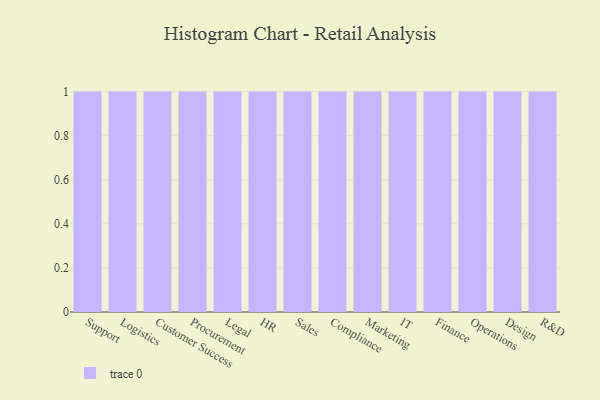
{"axis": {"x": "Department", "y": "Conversion Rate (%)"}, "legend": [""], "data": [{"x": "Support", "y": 81, "type": ""}, {"x": "Logistics", "y": 91, "type": ""}, {"x": "Customer Success", "y": 14, "type": ""}, {"x": "Procurement", "y": 40, "type": ""}, {"x": "Legal", "y": 9, "type": ""}, {"x": "HR", "y": 96, "type": ""}, {"x": "Sales", "y": 11, "type": ""}, {"x": "Compliance", "y": 91, "type": ""}, {"x": "Marketing", "y": 46, "type": ""}, {"x": "IT", "y": 56, "type": ""}, {"x": "Finance", "y": 51, "type": ""}, {"x": "Operations", "y": 1, "type": ""}, {"x": "Design", "y": 62, "type": ""}, {"x": "R&D", "y": 60, "type": ""}]}